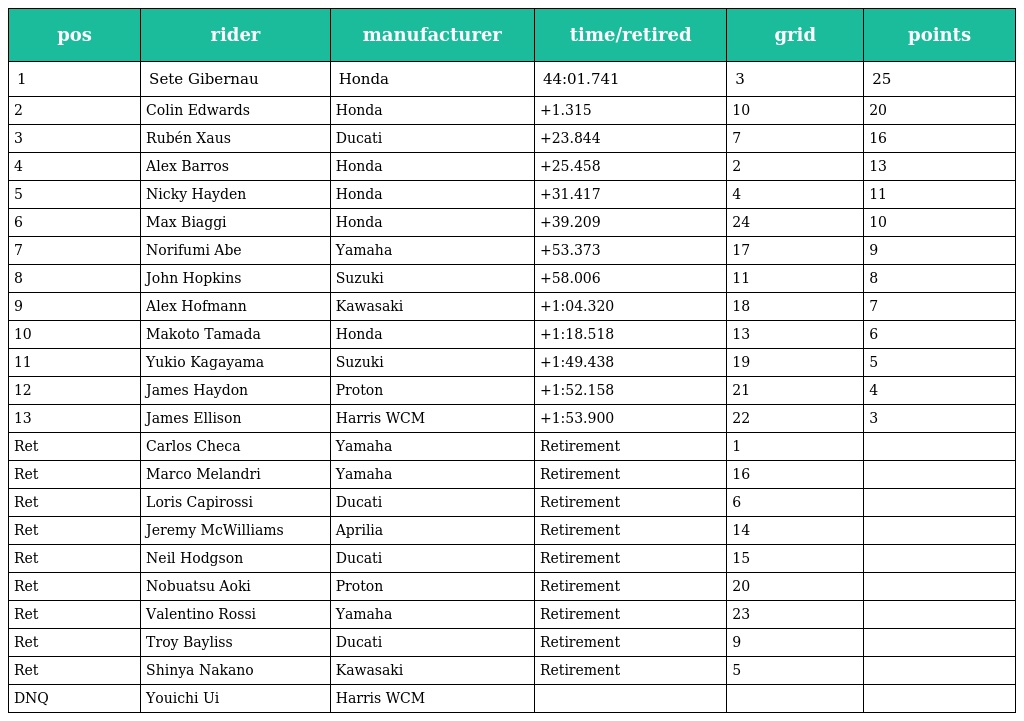
| pos | rider | manufacturer | time/retired | grid | points |
 | --- | --- | --- | --- | --- | --- |
 | 1 | Sete Gibernau | Honda | 44:01.741 | 3 | 25 |
 | 2 | Colin Edwards | Honda | +1.315 | 10 | 20 |
 | 3 | Rubén Xaus | Ducati | +23.844 | 7 | 16 |
 | 4 | Alex Barros | Honda | +25.458 | 2 | 13 |
 | 5 | Nicky Hayden | Honda | +31.417 | 4 | 11 |
 | 6 | Max Biaggi | Honda | +39.209 | 24 | 10 |
 | 7 | Norifumi Abe | Yamaha | +53.373 | 17 | 9 |
 | 8 | John Hopkins | Suzuki | +58.006 | 11 | 8 |
 | 9 | Alex Hofmann | Kawasaki | +1:04.320 | 18 | 7 |
 | 10 | Makoto Tamada | Honda | +1:18.518 | 13 | 6 |
 | 11 | Yukio Kagayama | Suzuki | +1:49.438 | 19 | 5 |
 | 12 | James Haydon | Proton | +1:52.158 | 21 | 4 |
 | 13 | James Ellison | Harris WCM | +1:53.900 | 22 | 3 |
 | Ret | Carlos Checa | Yamaha | Retirement | 1 |  |
 | Ret | Marco Melandri | Yamaha | Retirement | 16 |  |
 | Ret | Loris Capirossi | Ducati | Retirement | 6 |  |
 | Ret | Jeremy McWilliams | Aprilia | Retirement | 14 |  |
 | Ret | Neil Hodgson | Ducati | Retirement | 15 |  |
 | Ret | Nobuatsu Aoki | Proton | Retirement | 20 |  |
 | Ret | Valentino Rossi | Yamaha | Retirement | 23 |  |
 | Ret | Troy Bayliss | Ducati | Retirement | 9 |  |
 | Ret | Shinya Nakano | Kawasaki | Retirement | 5 |  |
 | DNQ | Youichi Ui | Harris WCM |  |  |  |